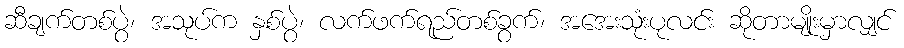
ဆီချက်တစ်ပွဲ၊ အသုပ်က နှစ်ပွဲ၊ လက်ဖက်ရည်တစ်ခွက်၊ အအေးသုံးပုလင်း ဆိုတာမျိုးမှာလျှင်